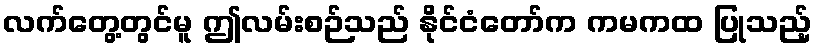
လက်တွေ့တွင်မူ ဤလမ်းစဉ်သည် နိုင်ငံတော်က ကမကထ ပြုသည့်